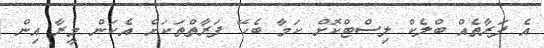
އެ ފަރާތެއް ބްލެކް ލިސްޓްކޮށް ކަމާ ބެހޭ ފަރާތްތަކަށް އެކަން މީރާ އިން